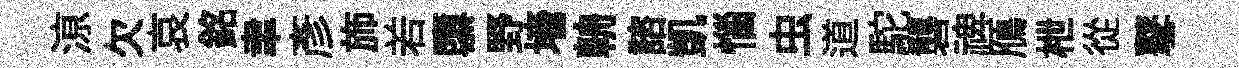
鿌欠哀銘聿彦斾𠰥隳野墻輈諮凱惱虫道駝礱禆鴈枻從鼕